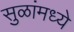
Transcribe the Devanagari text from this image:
सुळांमध्ये